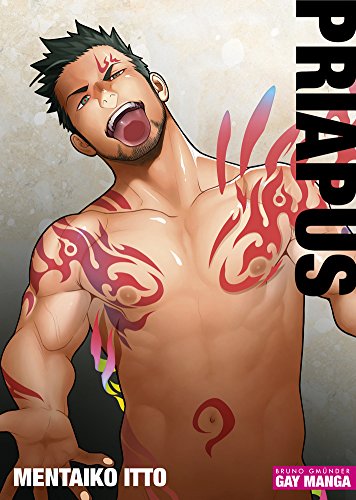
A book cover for Priapus; Mentaiko Itto; Comics & Graphic Novels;